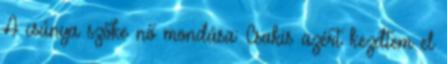
A csúnya szőke nő mondása: Csakis azért kezdtem el